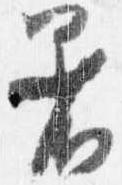
着